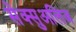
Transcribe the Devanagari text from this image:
सेक्सुअलिज